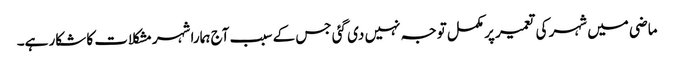
ماضی میں شہر کی تعمیر پر مکمل توجہ نہیں دی گئی جس کے سبب آج ہمارا شہر مشکلات کا شکار ہے۔